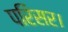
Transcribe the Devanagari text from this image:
परिसर।